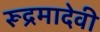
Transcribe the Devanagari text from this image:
रूद्रमादेवी